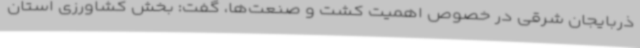
ذربایجان شرقی در خصوص اهمیت کشت‌ و صنعت‌ها، گفت: بخش کشاورزی استان